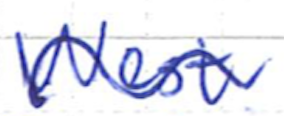
Text: West
Cross-out: wave
Writing tool: ballpoint